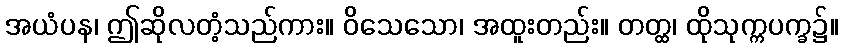
အယံပန၊ ဤဆိုလတံ့သည်ကား။ ဝိသေသော၊ အထူးတည်း။ တတ္ထ၊ ထိုသုက္ကပက္ခ၌။